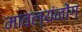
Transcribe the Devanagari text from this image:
मावल्यंनोंग